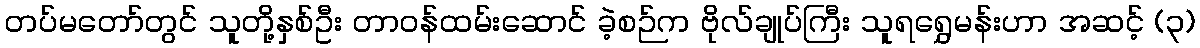
တပ်မတော်တွင် သူတို့နှစ်ဦး တာဝန်ထမ်းဆောင် ခဲ့စဉ်က ဗိုလ်ချုပ်ကြီး သူရရွှေမန်းဟာ အဆင့် (၃)